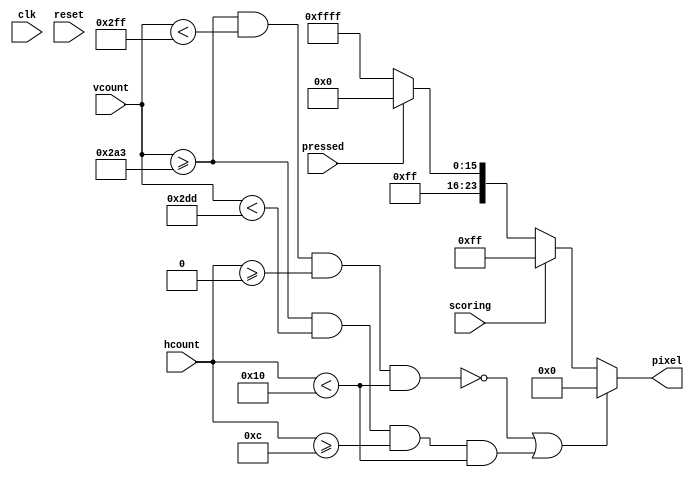
`timescale 1ns / 1ps
module key_sprite #(
	parameter PITCH=0, //This one will always be overridden
	parameter X_EDGE_LEFT=11'd0,
	parameter Y_EDGE_BOTTOM=10'd767,
	parameter WHITE_KEY_WIDTH=16,
	parameter BLACK_KEY_WIDTH=8,
	parameter WHITE_KEY_HEIGHT=92,
	parameter BLACK_KEY_HEIGHT=58,
	parameter COLOR_DEFAULT_BLACK=24'h00_00_00,
	parameter COLOR_DEFAULT_WHITE=24'hFF_FF_FF,
	parameter BAD_COLOR_TABLE= //288 bit good bad lookup table
		288'hFF0000_FF0000_FF0000_FF0000_FF0000_FF0000_FF0000_FF0000_FF0000_FF0000_FF0000_FF0000,
	parameter GOOD_COLOR_TABLE= //288 bit good color lookup table
		288'h0000FF_0000FF_0000FF_0000FF_0000FF_0000FF_0000FF_0000FF_0000FF_0000FF_0000FF_0000FF
	)
    (input clk,
    input reset,
    input pressed,
    input scoring,
	 input [10:0] hcount,
	 input [9:0] vcount,
    output [23:0] pixel
    );
	 
	//key types
	localparam TYPE_BLACK = 2'd0;
	localparam TYPE_FORWARD_L = 2'd1;
	localparam TYPE_BACKWARD_L = 2'd2;
	localparam TYPE_MIDDLE_WHITE = 2'd3;
	
	//LUTs
	localparam SLOT_OFFSET_TABLE = 48'h01122_3445566;
	localparam KEY_TYPE_TABLE = 24'b01_00_11_00_10__01_00_11_00_11_00_10;
	
	// logical parameters
	localparam OCTAVE = PITCH/12;
	localparam TONE = PITCH%12;
	localparam INDEX = 11 - TONE;
	localparam MY_TYPE = KEY_TYPE_TABLE[2*INDEX+:2];
	localparam SLOT = 7*OCTAVE + SLOT_OFFSET_TABLE[4*INDEX+:4];
	localparam IS_BLACK_KEY = (MY_TYPE == TYPE_BLACK);
	localparam HAS_LEFT_CUT = (MY_TYPE == TYPE_MIDDLE_WHITE || MY_TYPE == TYPE_BACKWARD_L);
	localparam HAS_RIGHT_CUT = ((MY_TYPE == TYPE_MIDDLE_WHITE || MY_TYPE == TYPE_FORWARD_L) && PITCH != 61);
	
	// position parameters
	localparam MAIN_X_LOW = X_EDGE_LEFT + WHITE_KEY_WIDTH*SLOT - IS_BLACK_KEY*BLACK_KEY_WIDTH/2;
	localparam MAIN_Y_LOW = Y_EDGE_BOTTOM - WHITE_KEY_HEIGHT;
	localparam MAIN_HEIGHT = IS_BLACK_KEY*BLACK_KEY_HEIGHT + (1-IS_BLACK_KEY)*WHITE_KEY_HEIGHT;
	localparam MAIN_WIDTH = IS_BLACK_KEY*BLACK_KEY_WIDTH + (1-IS_BLACK_KEY)*WHITE_KEY_WIDTH;

	localparam LEFT_CUT_X_LOW = MAIN_X_LOW;
	localparam LEFT_CUT_Y_LOW = MAIN_Y_LOW;
	localparam LEFT_CUT_HEIGHT = BLACK_KEY_HEIGHT;
	localparam LEFT_CUT_WIDTH = BLACK_KEY_WIDTH/2;

	localparam RIGHT_CUT_X_LOW = MAIN_X_LOW + WHITE_KEY_WIDTH - BLACK_KEY_WIDTH/2;
	localparam RIGHT_CUT_Y_LOW = MAIN_Y_LOW;
	localparam RIGHT_CUT_HEIGHT = BLACK_KEY_HEIGHT;
	localparam RIGHT_CUT_WIDTH = BLACK_KEY_WIDTH/2;

	// define "correct press" color
	localparam COLOR_GOOD = GOOD_COLOR_TABLE[24*INDEX+:24];
	localparam COLOR_BAD = BAD_COLOR_TABLE[24*INDEX+:24];
	localparam COLOR_DEFAULT = IS_BLACK_KEY*COLOR_DEFAULT_BLACK + (1-IS_BLACK_KEY)*COLOR_DEFAULT_WHITE;
	
	wire is_in_main;
	wire is_in_left_cut;
	wire is_in_right_cut;
	wire is_in_key;
	
	wire [23:0] current_color;
	
	assign is_in_main = 
		(vcount >= MAIN_Y_LOW && vcount < MAIN_Y_LOW + MAIN_HEIGHT &&
		hcount >= MAIN_X_LOW && hcount < MAIN_X_LOW + MAIN_WIDTH);
		
	assign is_in_left_cut = 
		(vcount >= LEFT_CUT_X_LOW && vcount < LEFT_CUT_Y_LOW + LEFT_CUT_HEIGHT &&
		hcount >= LEFT_CUT_X_LOW && hcount < LEFT_CUT_X_LOW + LEFT_CUT_WIDTH);
		
	assign is_in_right_cut = 
		(vcount >= RIGHT_CUT_Y_LOW && vcount < RIGHT_CUT_Y_LOW + RIGHT_CUT_HEIGHT &&
		hcount >= RIGHT_CUT_X_LOW && hcount < RIGHT_CUT_X_LOW + RIGHT_CUT_WIDTH);
	
	assign current_color = (scoring ? COLOR_GOOD : (pressed ? COLOR_BAD : COLOR_DEFAULT));
	
	assign pixel = (!is_in_main || 
						(is_in_left_cut && HAS_LEFT_CUT) || 
						(is_in_right_cut && HAS_RIGHT_CUT)) ? 0 : current_color; //set the pixel!

endmodule